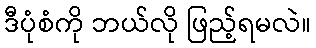
ဒီပုံစံကို ဘယ်လို ဖြည့်ရမလဲ။